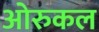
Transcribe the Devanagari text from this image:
ओरुकल